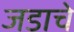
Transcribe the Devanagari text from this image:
जडाचे